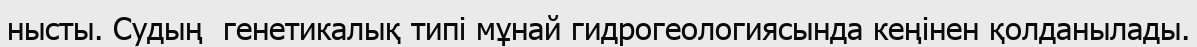
нысты. Судың  генетикалық типі мұнай гидрогеологиясында кеңінен қолданылады.